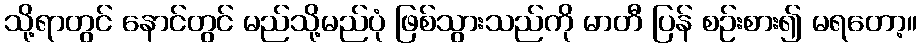
သို့ရာတွင် နောင်တွင် မည်သို့မည်ပုံ ဖြစ်သွားသည်ကို မာတီ ပြန် စဉ်းစား၍ မရတော့။